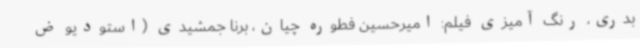
بدری، رنگ آمیزی فیلم: امیرحسین فطوره چیان، برنا جمشیدی (استودیو ض